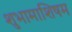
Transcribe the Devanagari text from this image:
शुभामाशिषम